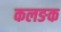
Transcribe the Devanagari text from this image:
कलङक